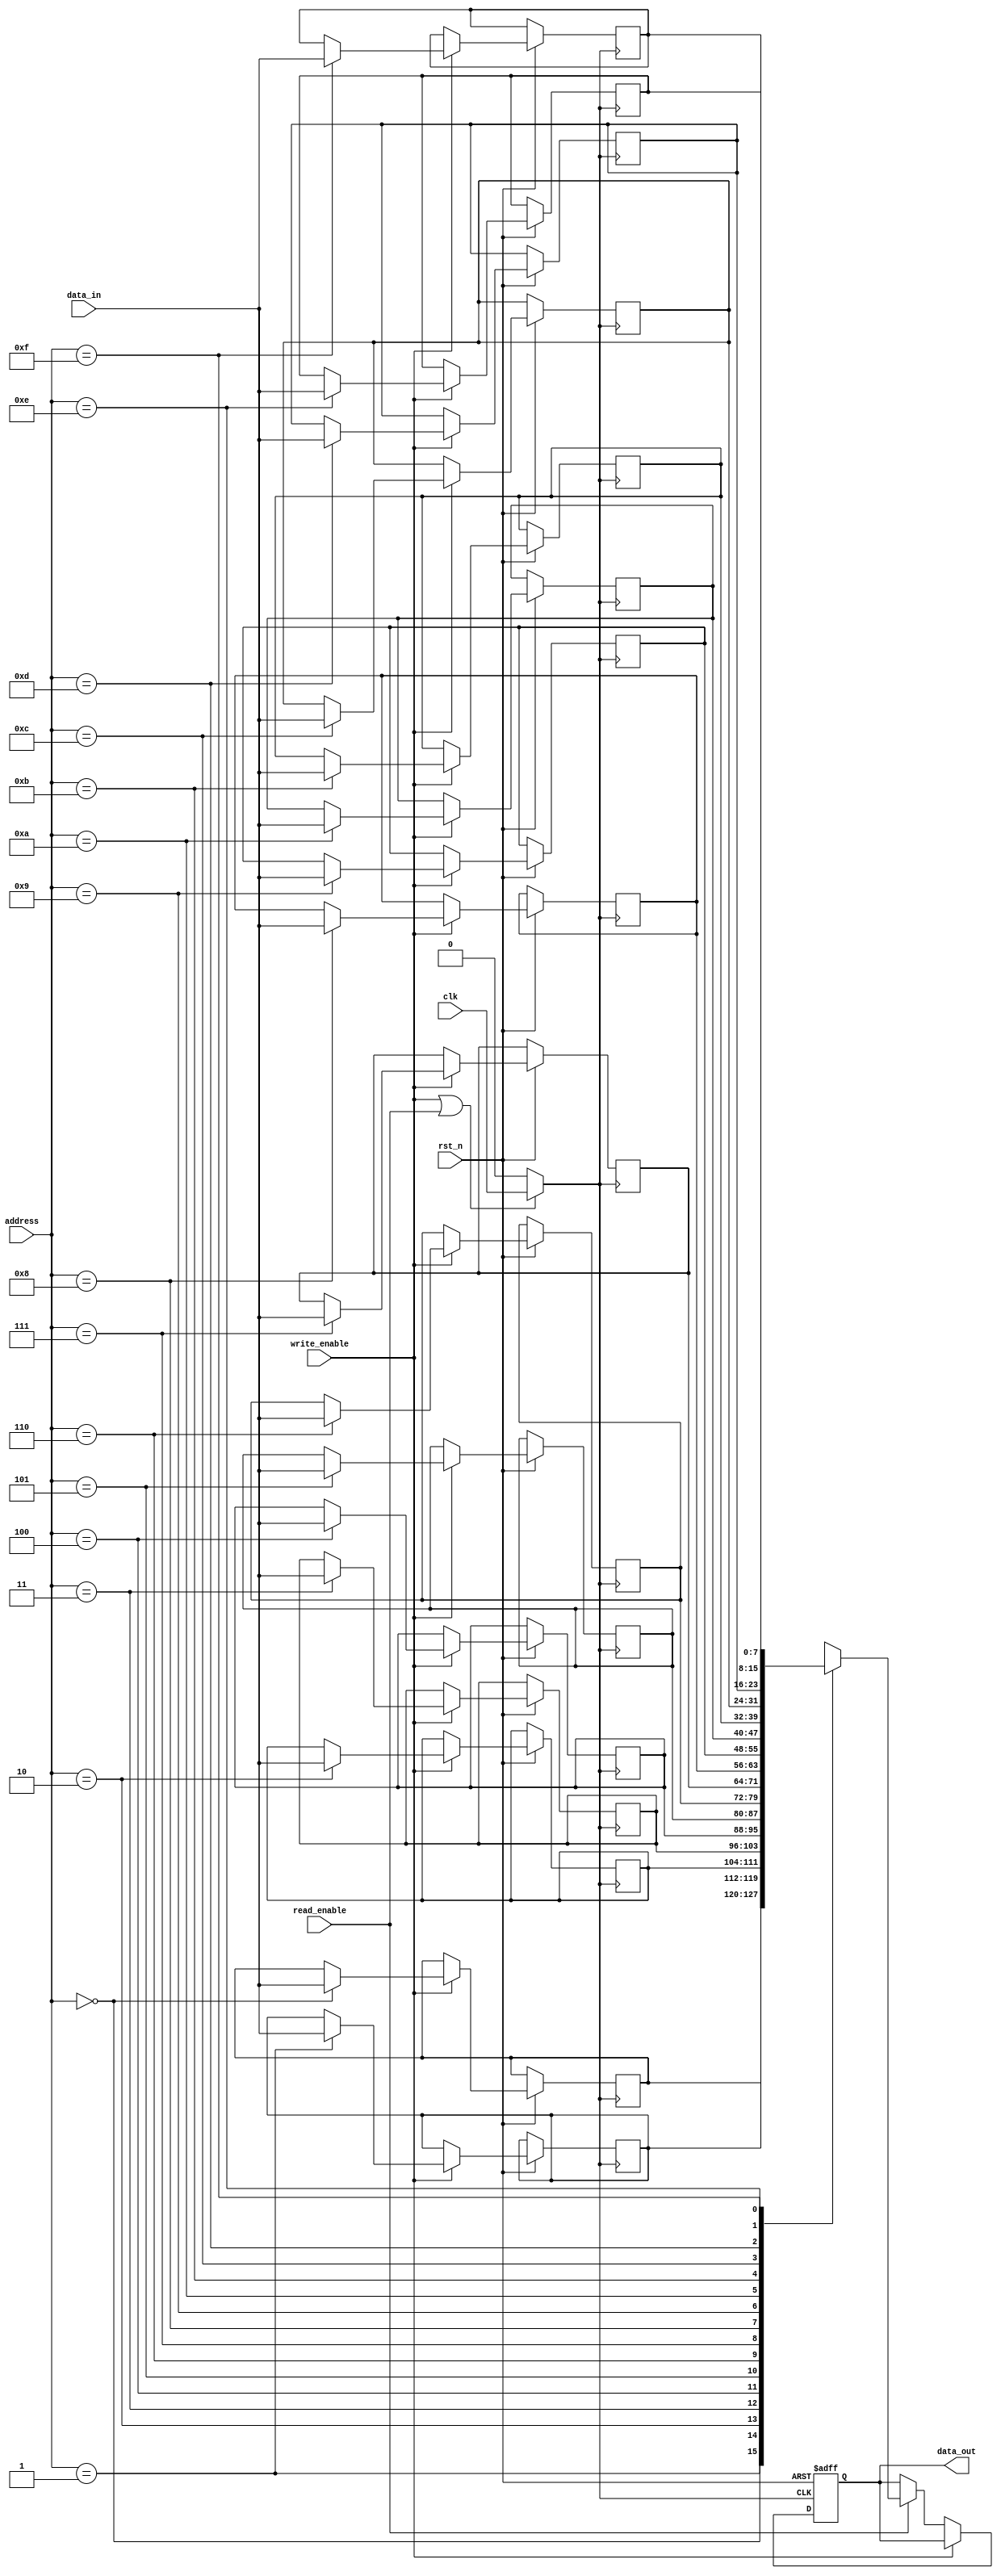
module memory_block (
    input clk,              // Main clock
    input rst_n,           // Active low reset
    input write_enable,     // Write enable signal
    input read_enable,      // Read enable signal
    input [7:0] data_in,    // Data input for writing
    input [3:0] address,     // Address for memory access
    output reg [7:0] data_out // Data output for reading
);

    // Memory array (e.g., 16 x 8-bit SRAM)
    reg [7:0] memory_array [0:15];

    // Memory access activity signal
    wire activity_signal;

    // Activity Detection Logic
    assign activity_signal = write_enable | read_enable;

    // Gated clock signal
    wire gated_clk;

    // Clock Gating Logic
    assign gated_clk = activity_signal ? clk : 1'b0;

    // Sequential logic for memory access
    always @(posedge gated_clk or negedge rst_n) begin
        if (!rst_n) begin
            data_out <= 8'b0;  // Reset output
        end
        else if (write_enable) begin
            memory_array[address] <= data_in; // Write data
        end
        else if (read_enable) begin
            data_out <= memory_array[address]; // Read data
        end
    end

endmodule